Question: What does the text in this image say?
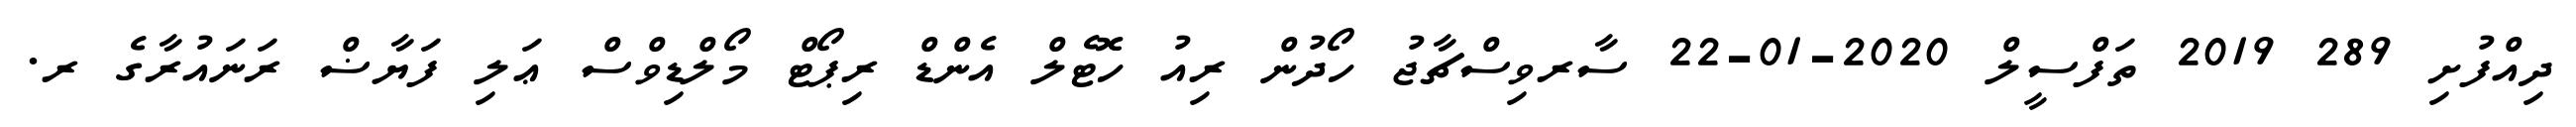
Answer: ދިއްފުށި 289 2019 ތަފްސީލް 2020-01-22 ސާރވިސްޗާޖު ހޯދުން ރިއު ހޮޓެލް އެންޑް ރިޕޯޓް މޯލްޑިވްސް ޢަލި ފަޔާޟް ރަނައުރާގެ ރ.